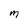
Character: m